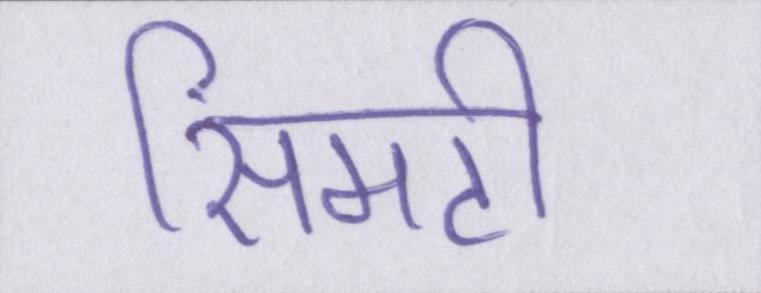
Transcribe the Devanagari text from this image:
सिमटी